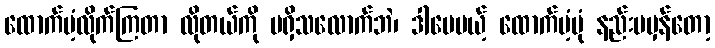
ထောက်ပံ့လိုက်ကြတာ လိုတယ်ကို မရှိသလောက်ဘဲ၊ ဒါပေမယ့် ထောက်ပံ့ပုံ နည်းမမှန်တော့